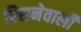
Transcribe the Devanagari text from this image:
रिसनेवाली